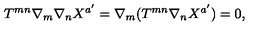
T ^ { m n } \nabla _ { m } \nabla _ { n } X ^ { a ^ { \prime } } = \nabla _ { m } ( T ^ { m n } \nabla _ { n } X ^ { a ^ { \prime } } ) = 0 ,